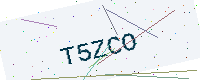
Text: T5ZCO